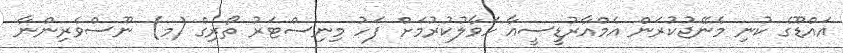
އައްޑޫގެ ކުނި މެނޭޖުކުރަން އެމްއާރުޑީސީއާ ހަވާލުކުރުމަށް ފަހު މިނިސްޓަރު ތޯރިގް (މ) ނޫސްވެރިންނާ